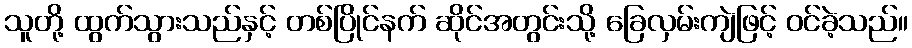
သူတို့ ထွက်သွားသည်နှင့် တစ်ပြိုင်နက် ဆိုင်အတွင်းသို့ ခြေလှမ်းကျဲဖြင့် ဝင်ခဲ့သည်။